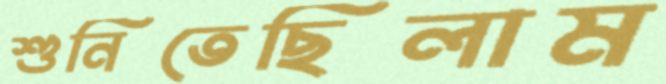
শুনিতেছিলাম